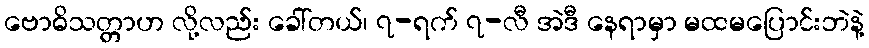
ဗောဓိသတ္တာဟ လို့လည်း ခေါ်တယ်၊ ၇-ရက် ၇-လီ အဲဒီ နေရာမှာ မထမပြောင်းဘဲနဲ့